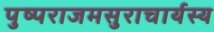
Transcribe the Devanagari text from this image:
पुष्पराजमसुराचार्यस्य